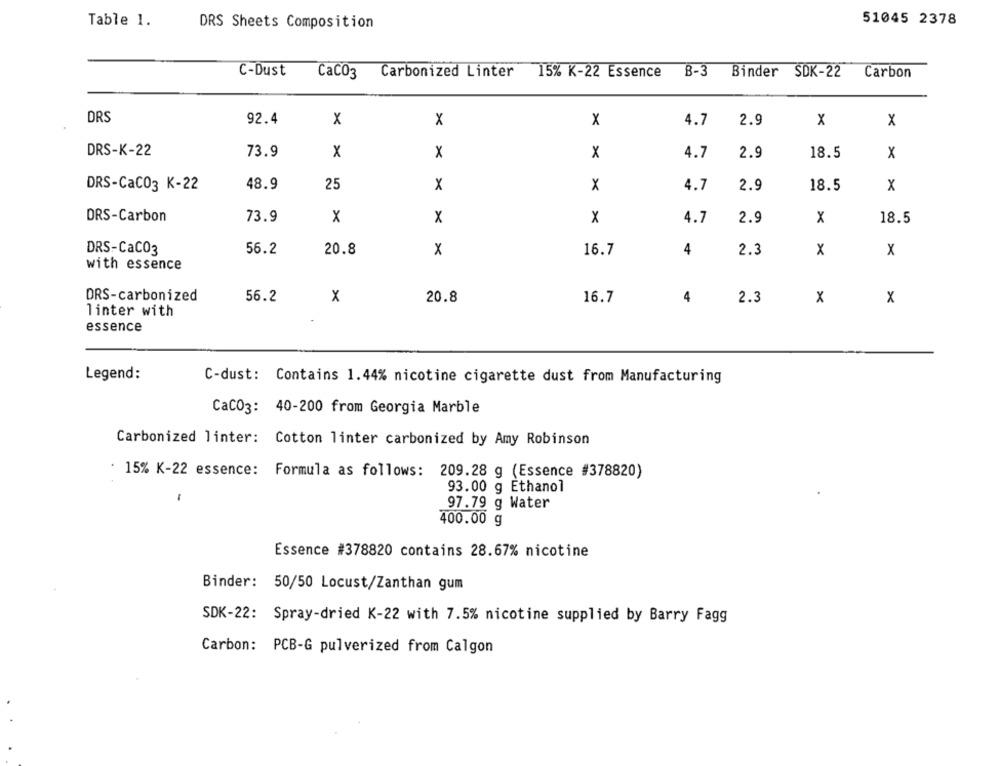
Table 1.
51045 2378
DRS Sheets Composition
C-Dust
CaC03
Carbonized Linter
15% K-22 Essence
B-3
Binder SDK-22
Carbon
DRS
92.4
x
x
X
4.7
2.9
x
x
DRS-K-22
73.9
x
4.7
18.5
x
x
2.9
X
25
DRS-CaC03 K-22
48.9
x
x
4.7
2.9
18.5
x
DRS-Carbon
73.9
x
X
x
4.7
2.9
x
18.5
DRS-CaC03
56.2
20.8
x
16.7
4
2.3
x
X
with essence
DRS-carbonized
56.2
X
20.8
16.7
4
2.3
x
x
linter with
essence
Legend:
C-dust: Contains 1.44% nicotine cigarette dust from Manufacturing
CaCO3: 40-200 from Georgia Marble
Carbonized linter: Cotton linter carbonized by Amy Robinson
15% K-22 essence: Formula as follows: 209.28 g (Essence #378820)
93.00 g Ethanol
97.79 g Water
400.00 g
Essence #378820 contains 28.67% nicotine
Binder: 50/50 Locust/Zanthan gum
SDK-22: Spray-dried K-22 with 7.5% nicotine supplied by Barry Fagg
Carbon: PCB-G pulverized from Calgon